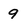
Character: 9